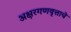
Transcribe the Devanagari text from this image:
अक्षरगणवृत्ताचे